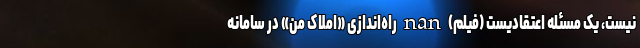
نیست، یک مسئله اعتقادیست (فیلم) nan راه‌اندازی «املاک من» در سامانه